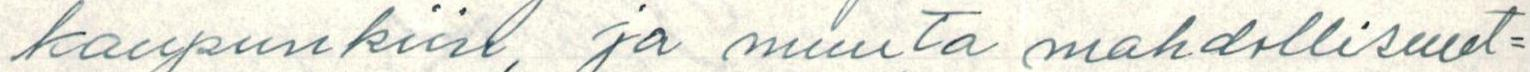
kaupunkiin, ja muuta mahdollisuut=